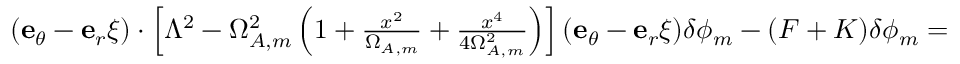
\begin{array} { r } { ( { \bf e } _ { \theta } - { \bf e } _ { r } \xi ) \cdot \left[ \Lambda ^ { 2 } - \Omega _ { A , m } ^ { 2 } \left( 1 + \frac { x ^ { 2 } } { \Omega _ { A , m } } + \frac { x ^ { 4 } } { 4 \Omega _ { A , m } ^ { 2 } } \right) \right] ( { \bf e } _ { \theta } - { \bf e } _ { r } \xi ) \delta \phi _ { m } - ( F + K ) \delta \phi _ { m } = 0 , } \end{array}